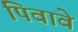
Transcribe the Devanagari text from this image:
पिवावे